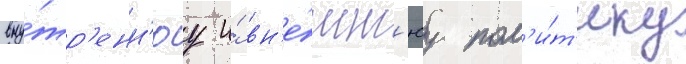
вну́тр'енн'юу и́ вн'е́шн'юу пол'и́т'ику